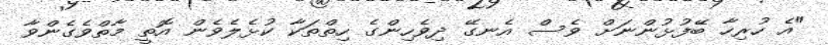
"އެ ހުރިހާ ބޭފުޅުންނަށް ވެސް އެނގޭ ދިވެހިންގެ ހިތްތަކާ ކުޅެލެވެން އޮތީ މާތްވެގެންވާ